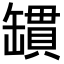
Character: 罆